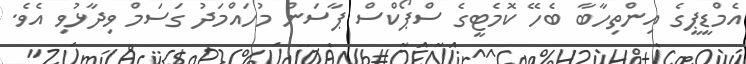
އެމްޑީޕީގެ އިންތިހާބާ ބެހޭ ކޮމެޓީގެ ސްޕޯކްސް ޕާސަން މުހައްމަދު ގަސަމް ވިދާޅުވި އެވެ.